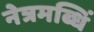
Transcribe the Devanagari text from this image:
नेत्रमब्धिं